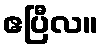
ဧပြီလ။